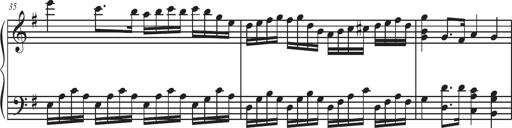
Title: Sonatina Espania
Composer: Jerald Franklin Archer
Key: Various